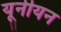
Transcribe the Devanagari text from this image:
यूनीयन